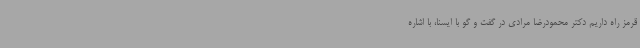
قرمز راه داریم دکتر محمودرضا مرادی در گفت و گو با ایسنا، با اشاره